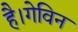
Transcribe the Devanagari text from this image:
है।गेविन